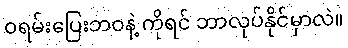
ဝရမ်းပြေးဘဝနဲ့ ကိုရင် ဘာလုပ်နိုင်မှာလဲ။